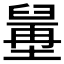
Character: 𦦍